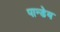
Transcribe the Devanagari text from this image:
पान्डेय